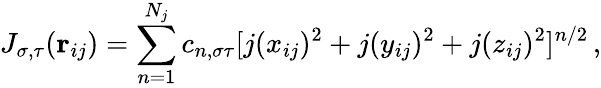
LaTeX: J_{\sigma,\tau}(\mathbf{r}_{ij})=\sum_{n=1}^{N_{j}}c_{n,\sigma\tau}[j(x_{ij})^{2}+j(y_{ij})^{2}+j(z_{ij})^{2}]^{n/2}\, ,